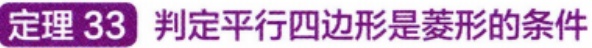
定理 33 判定平行四边形是菱形的条件